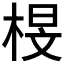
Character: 𭪟